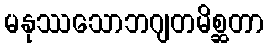
မနုဿသောဘဂျတမိစ္ဆတာ